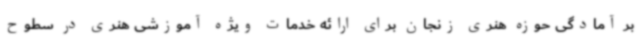
بر آمادگی حوزه هنری زنجان برای ارائه خدمات ویژه آموزشی هنری در سطوح